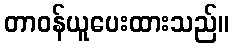
တာဝန်ယူပေးထားသည်။